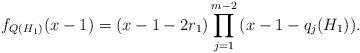
LaTeX: \begin{align*}f_{Q(H_1 )} (x-1) = (x -1-2 r_1)\prod\limits_{j = 1}^{m - 2} {(x -1-q _j (H_1 ))}.\end{align*}